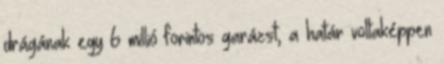
drágának egy 6 millió forintos garázst, a határ voltaképpen